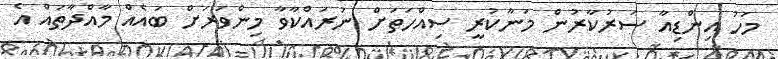
މަހު އިންޑިއާ ސަރުކާރުން މަނާކުރީ ސިއްހަތަށް ނުރައްކާވާ މިންވަރަށް ބައެއް މާއްދާތައް އެ